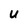
Character: u